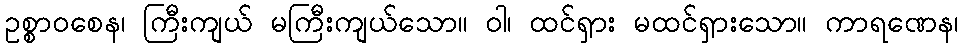
ဥစ္စာဝစေန၊ ကြီးကျယ် မကြီးကျယ်သော။ ဝါ၊ ထင်ရှား မထင်ရှားသော။ ကာရဏေန၊